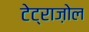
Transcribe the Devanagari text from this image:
टेट्राज़ोल